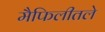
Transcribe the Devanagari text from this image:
मैफिलीतले